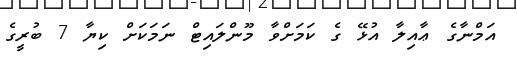
އަމްނާގެ ޢާއިލާ އުޅޭ ގެ ކަމަށްވާ މޫންލައިޓް ނަމަކަށް ކިޔާ 7 ބުރީގެ